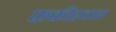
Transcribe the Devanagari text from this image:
फकीरदास